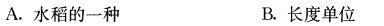
A.水稻的一种 B.长度单位